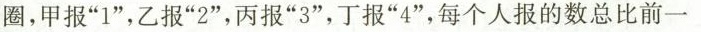
圈，甲报”1”，乙报”2”，丙报”3”，丁报”4”，每个人报的数总比前一